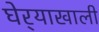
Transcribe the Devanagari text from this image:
घेर्‍याखाली